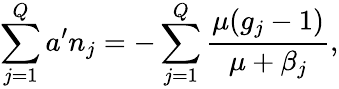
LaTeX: \sum_{j=1}^{Q}a^{\prime}n_{j}=-\sum_{j=1}^{Q}\frac{\mu(g_{j}-1)}{\mu+\beta_{j}},